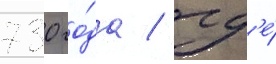
730 го́да / гд'е́